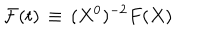
LaTeX: { \cal F } ( t ) \, \equiv \, ( X ^ { 0 } ) ^ { - 2 } F ( X )